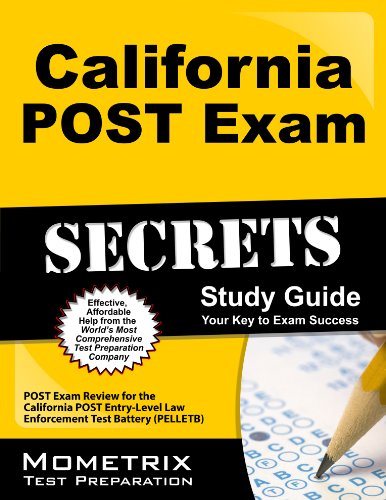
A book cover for California POST Exam Secrets Study Guide: POST Exam Review for the California POST Entry-Level Law Enforcement Test Battery (PELLETB) (Mometrix Secrets Study Guides); POST Exam Secrets Test Prep Team; Test Preparation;